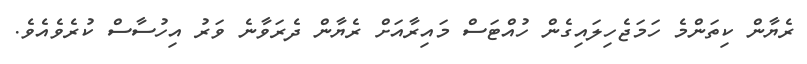
ރެޔާން ކިތަންމެ ހަމަޖެހިލައިގެން ހުއްޓަސް މައިރާއަށް ރެޔާން ދެރަވާނެ ވަރު އިހުސާސް ކުރެވެއެވެ.